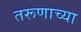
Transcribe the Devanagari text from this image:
तरूणाच्या